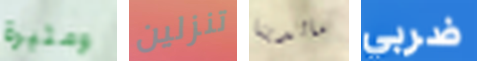
ومثيرة تنزلين مالدينا ضربي